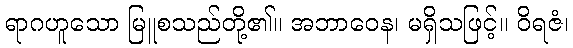
ရာဂဟူသော မြူစသည်တို့၏။ အဘာဝေန၊ မရှိသဖြင့်။ ဝိရဇံ၊